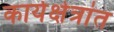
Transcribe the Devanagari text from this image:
कार्यक्षेत्रांत